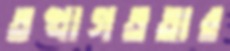
তথাগততার